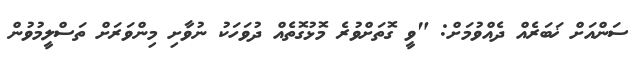
ސަންއަށް ޚަބަރެއް ދެއްވުމަށް: "ވީ ގޮތަށްވުރެ މޮޅުގޮތެއް ދުވަހަކު ނުވާށި މިންވަރަށް ތަސްލީމުވުން